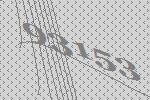
93153